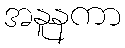
အနူနကာ